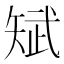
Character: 𮀃